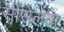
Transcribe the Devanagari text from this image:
सीसेलवा